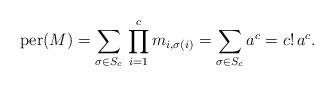
LaTeX: \begin{align*}\mathrm{per}(M) = \sum_{\sigma\in S_{c}}\,\prod_{i = 1}^c m_{i,\sigma(i)} = \sum_{\sigma\in S_{c}} a^c = c!\,a^c.\end{align*}